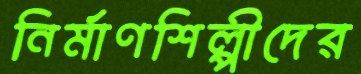
নির্মাণশিল্পীদের